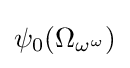
\psi _{0}(\Omega _{\omega ^{\omega }})